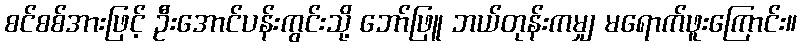
စင်စစ်အားဖြင့် ဦးအောင်ပန်းကွင်းသို့ ဘော်ဖြူ ဘယ်တုန်းကမျှ မရောက်ဖူးကြောင်း။